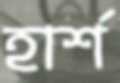
হার্শ